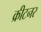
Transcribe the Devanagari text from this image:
क्रीटनर